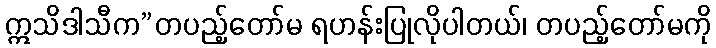
ဣသိဒါသီက”တပည့်တော်မ ရဟန်းပြုလိုပါတယ်၊ တပည့်တော်မကို